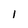
Character: l